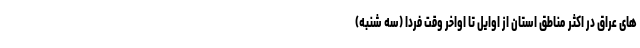
های عراق در اکثر مناطق استان از اوایل تا اواخر وقت فردا (سه شنبه)